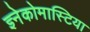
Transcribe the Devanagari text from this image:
ज्ञ्नेकोमास्टिया